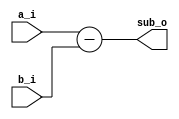
// Name: sub.v
//
// Simple signed subtracter
module sub #(
  parameter Width = 32
) (
  input  signed [Width-1:0] a_i,
  input  signed [Width-1:0] b_i,
  output signed [Width-1:0] sub_o
);

  assign sub_o = a_i - b_i;		

endmodule